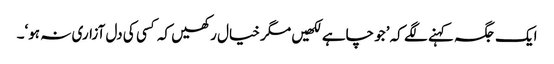
ایک جگہ کہنے لگے کہ ’جو چاہے لکھیں مگر خیال رکھیں کہ کسی کی دل آزاری نہ ہو‘۔